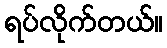
ရပ်လိုက်တယ်။